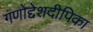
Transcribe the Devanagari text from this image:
गणोद्देशदीपिका